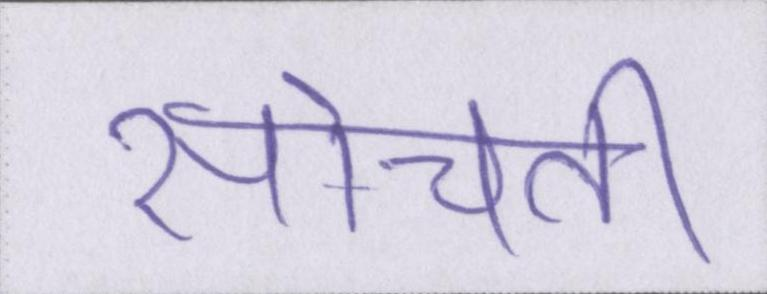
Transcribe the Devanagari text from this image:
सोचती